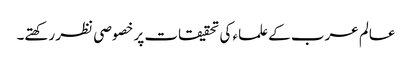
عالم عرب کے علماء کی تحقیقات پر خصوصی نظر رکھتے۔